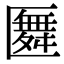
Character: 𠥢